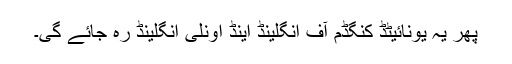
پھر یہ یونائیٹڈ کنگڈم آف انگلینڈ اینڈ اونلی انگلینڈ رہ جائے گی۔